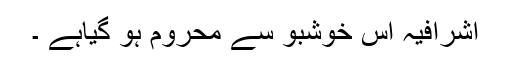
اشرافیہ اس خوشبو سے محروم ہو گیاہے ۔